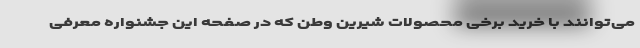
می‌توانند با خرید برخی محصولات شیرین وطن که در صفحه این جشنواره معرفی